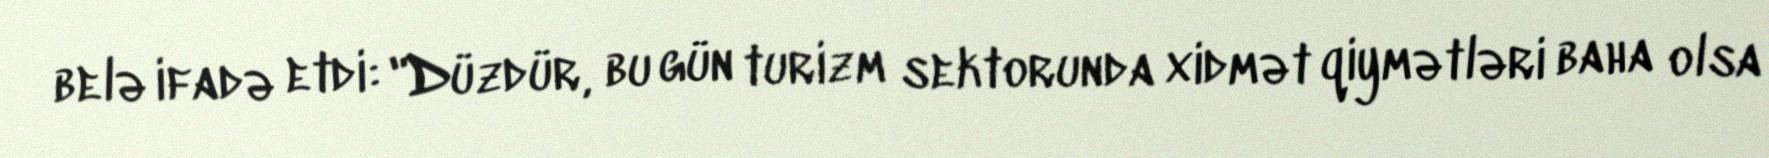
belə ifadə etdi: "Düzdür, bu gün turizm sektorunda xidmət qiymətləri baha olsa